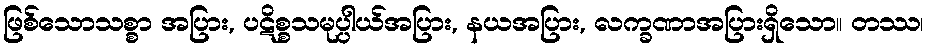
ဖြစ်သောသစ္စာ အပြား, ပဋိစ္စသမုပ္ပါယ်အပြား, နယအပြား, လက္ခဏာအပြားရှိသော။ တဿ၊